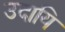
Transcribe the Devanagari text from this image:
उदायि